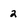
Character: 2